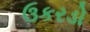
ઉકરડો